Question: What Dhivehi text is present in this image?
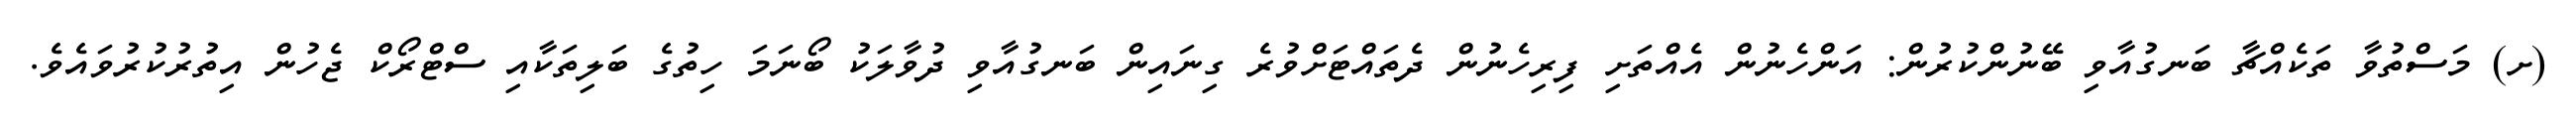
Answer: (ށ) މަސްތުވާ ތަކެއްޗާ ބަނގުއާވި ބޭނުންކުރުން: އަންހެނުން އެއްތަށި ފިރިހެނުން ދެތައްޓަށްވުރެ ގިނައިން ބަނގުއާވި ދުވާލަކު ބޯނަމަ ހިތުގެ ބަލިތަކާއި ސްޓްރޯކް ޖެހުން އިތުރުކުރުވައެވެ.